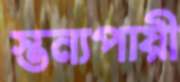
স্তন্যপায়ী